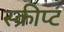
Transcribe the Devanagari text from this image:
स्क्रीप्ट